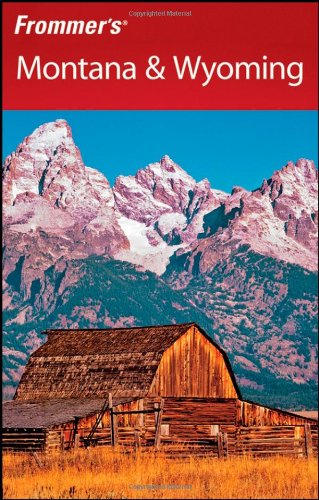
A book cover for Frommer's Montana & Wyoming (Frommer's Complete Guides); Eric Peterson; Travel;